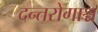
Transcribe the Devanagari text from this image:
दन्तरोगाश्च